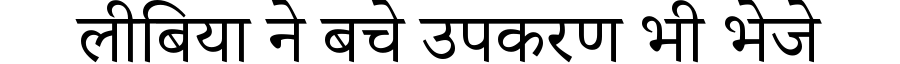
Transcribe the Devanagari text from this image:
लीबिया ने बचे उपकरण भी भेजे